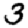
Digit: 3